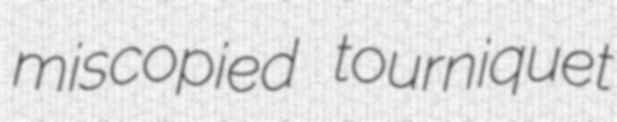
miscopied tourniquet